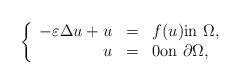
LaTeX: \begin{align*}\left\{\begin{array}{rcl} -\varepsilon\Delta u + u & = & f(u) \textrm{in } \Omega,\\ u & = & 0 \textrm{on } \partial\Omega, \end{array}\right. \end{align*}